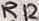
Text: R12